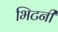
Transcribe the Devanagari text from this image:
भिटनी